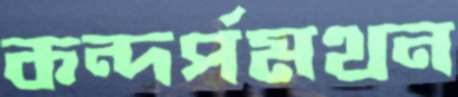
কন্দর্পমথন